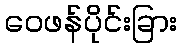
ဝေဖန်ပိုင်းခြား